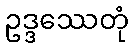
ဥဒ္ဒဿေတုံ